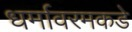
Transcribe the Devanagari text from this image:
धर्मावरमकडे